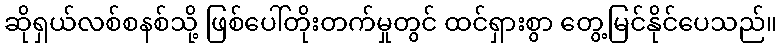
ဆိုရှယ်လစ်စနစ်သို့ ဖြစ်ပေါ်တိုးတက်မှုတွင် ထင်ရှားစွာ တွေ့မြင်နိုင်ပေသည်။